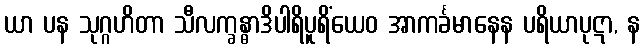
ယာ ပန သုဂ္ဂဟိတာ သီလက္ခန္ဓာဒိပါရိပူရိံယေဝ အာကင်္ခမာနေန ပရိယာပုဋာ, န